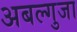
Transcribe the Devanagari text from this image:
अबल्गुजा